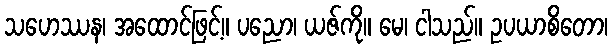
သဟေဿန၊ အထောင်ဖြင့်။ ပညော၊ ယဇ်ကို။ မေ၊ ငါသည်။ ဥပယာစိတော၊